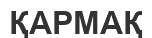
ҚАРМАҚ